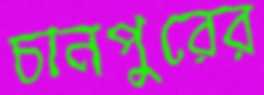
চানপুরের